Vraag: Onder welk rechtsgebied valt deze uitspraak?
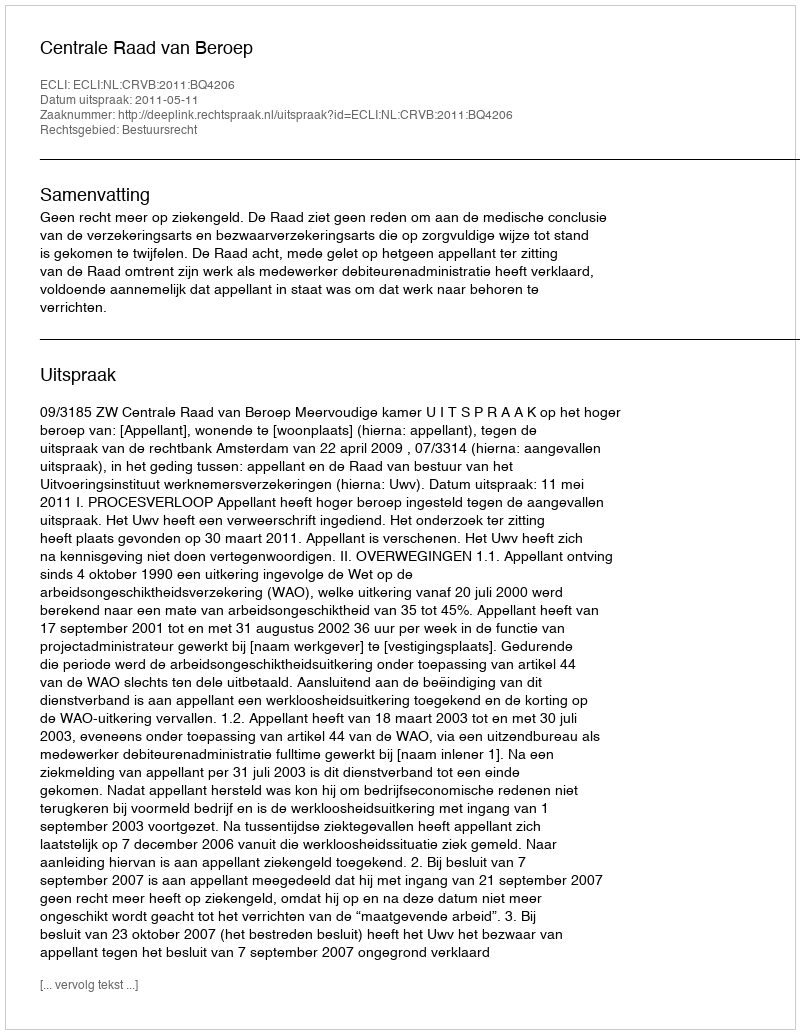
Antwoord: Bestuursrecht